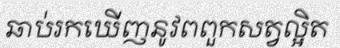
ឆាប់រកឃើញនូវពពួកសត្វល្អិត